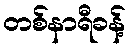
တစ်နာရီခန့်